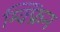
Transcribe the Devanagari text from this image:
म्क्फ्रिन